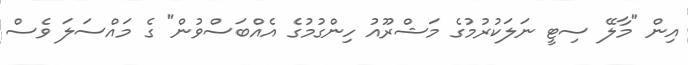
އިން "މާލޭ ސިޓީ ނަލަކުރުމުގެ މަޝްރޫއު ހިންގުމުގެ އެއްބަސްވުން" ގެ މައްސަލަ ވެސް